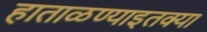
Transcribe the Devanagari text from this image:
हाताळण्याइतक्या